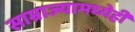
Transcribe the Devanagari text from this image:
साम्राज्यामध्येही